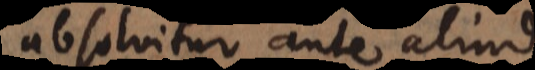
absolvitur ante aliud